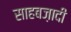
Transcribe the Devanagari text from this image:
साहबज़ादी